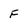
Character: F